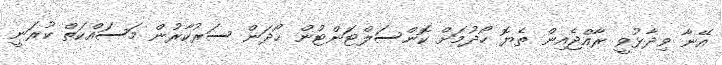
އޭނާ ވިދާޅުވީ ރާއްޖެއިން ތެޔޮ ހޯދުމަށް ކޮންސަލްޓަންޓުން ހޯދަން ސަރުކާރުން މަސައްކަތް ކުރަނީ